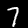
Digit: 7